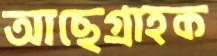
আছেগ্রাহক